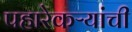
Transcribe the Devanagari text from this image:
पहारेकऱ्यांची